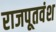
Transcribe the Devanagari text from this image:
राजपूतवंश